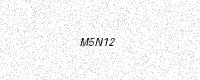
Text: M5N12